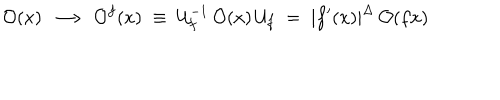
LaTeX: { \cal O } ( x ) \; \longrightarrow \; { \cal O } ^ { f } ( x ) \; \equiv \; { \cal U } _ { f } ^ { - 1 } \, { \cal O } ( x ) \, { \cal U } _ { f } \; = \; | f ^ { \prime } ( x ) | ^ { \Delta } \, { \cal O } ( f x )